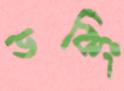
ডকিং